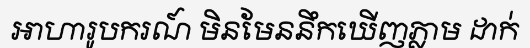
អាហារូបករណ៍ មិនមែននឹកឃើញភ្លាម ដាក់